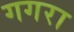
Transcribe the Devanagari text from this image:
गगरा